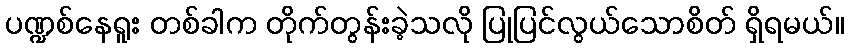
ပဏ္ဍစ်နေရူး တစ်ခါက တိုက်တွန်းခဲ့သလို ပြုပြင်လွယ်သောစိတ် ရှိရမယ်။